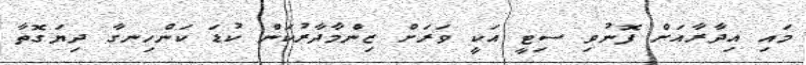
މައި އިދާރާއަށް ފޮނުވި ސިޓީ އަކީ ވަރަށް ޒިންމާދާރުކަން ކުޑަ ކަންހިނގާ ދިޔަގޮތާ